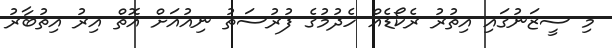
މި ސީޒަނުގައި އިތުރު ރެކޯޑެއް ހެދުމުގެ ފުރުސަތު ނިއުއަށް އޮތް އިރު އިތުބާރު